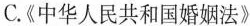
C.《中华人民共和国婚姻法》